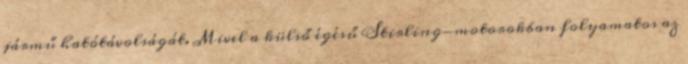
jármű hatótávolságát. Mivel a külső égésű Stirling-motorokban folyamatos az